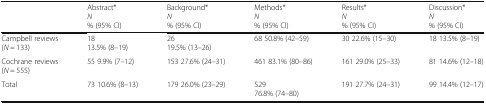
|  | Abstract*N% (95% CI) | Background*N% (95% CI) | Methods*N% (95% CI) | Results*N% (95% CI) | Discussion*N% (95% CI) |
 | --- | --- | --- | --- | --- | --- |
 | Campbell reviews(N = 133) | 1813.5% (8–19) | 2619.5% (13–26) | 68 50.8% (42–59) | 30 22.6% (15–30) | 18 13.5% (8–19) |
 | Cochrane reviews(N = 555) | 55 9.9% (7–12) | 153 27.6% (24–31) | 461 83.1% (80–86) | 161 29.0% (25–33) | 81 14.6% (12–18) |
 | Total | 73 10.6% (8–13) | 179 26.0% (23–29) | 52976.8% (74–80) | 191 27.7% (24–31) | 99 14.4% (12–17) |